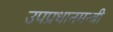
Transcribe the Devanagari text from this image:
उपप्रधानमन्त्री